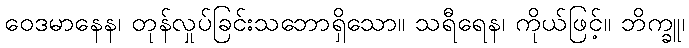
ဝေဒမာနေန၊ တုန်လှုပ်ခြင်းသဘောရှိသော။ သရီရေန၊ ကိုယ်ဖြင့်။ ဘိက္ခူ၊